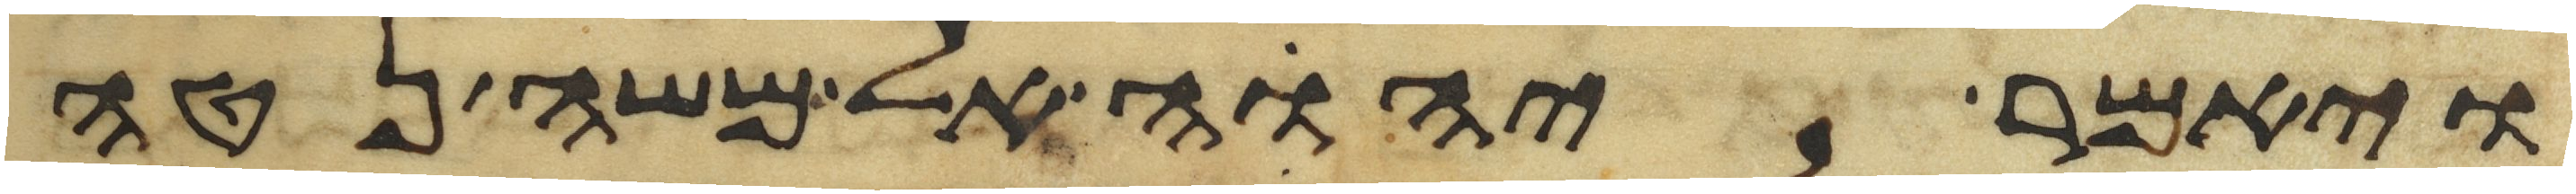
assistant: ויאמר יהוה אל משה נטה